Bréfritari: Þórunn Pálsdóttir
Viðtakandi: Páll Pálsson
Dagsetning: A-1821-01-03
Skrifað á: Hallfreðarstöðum  N-Múl.
Páll var bróðir Þórunnar

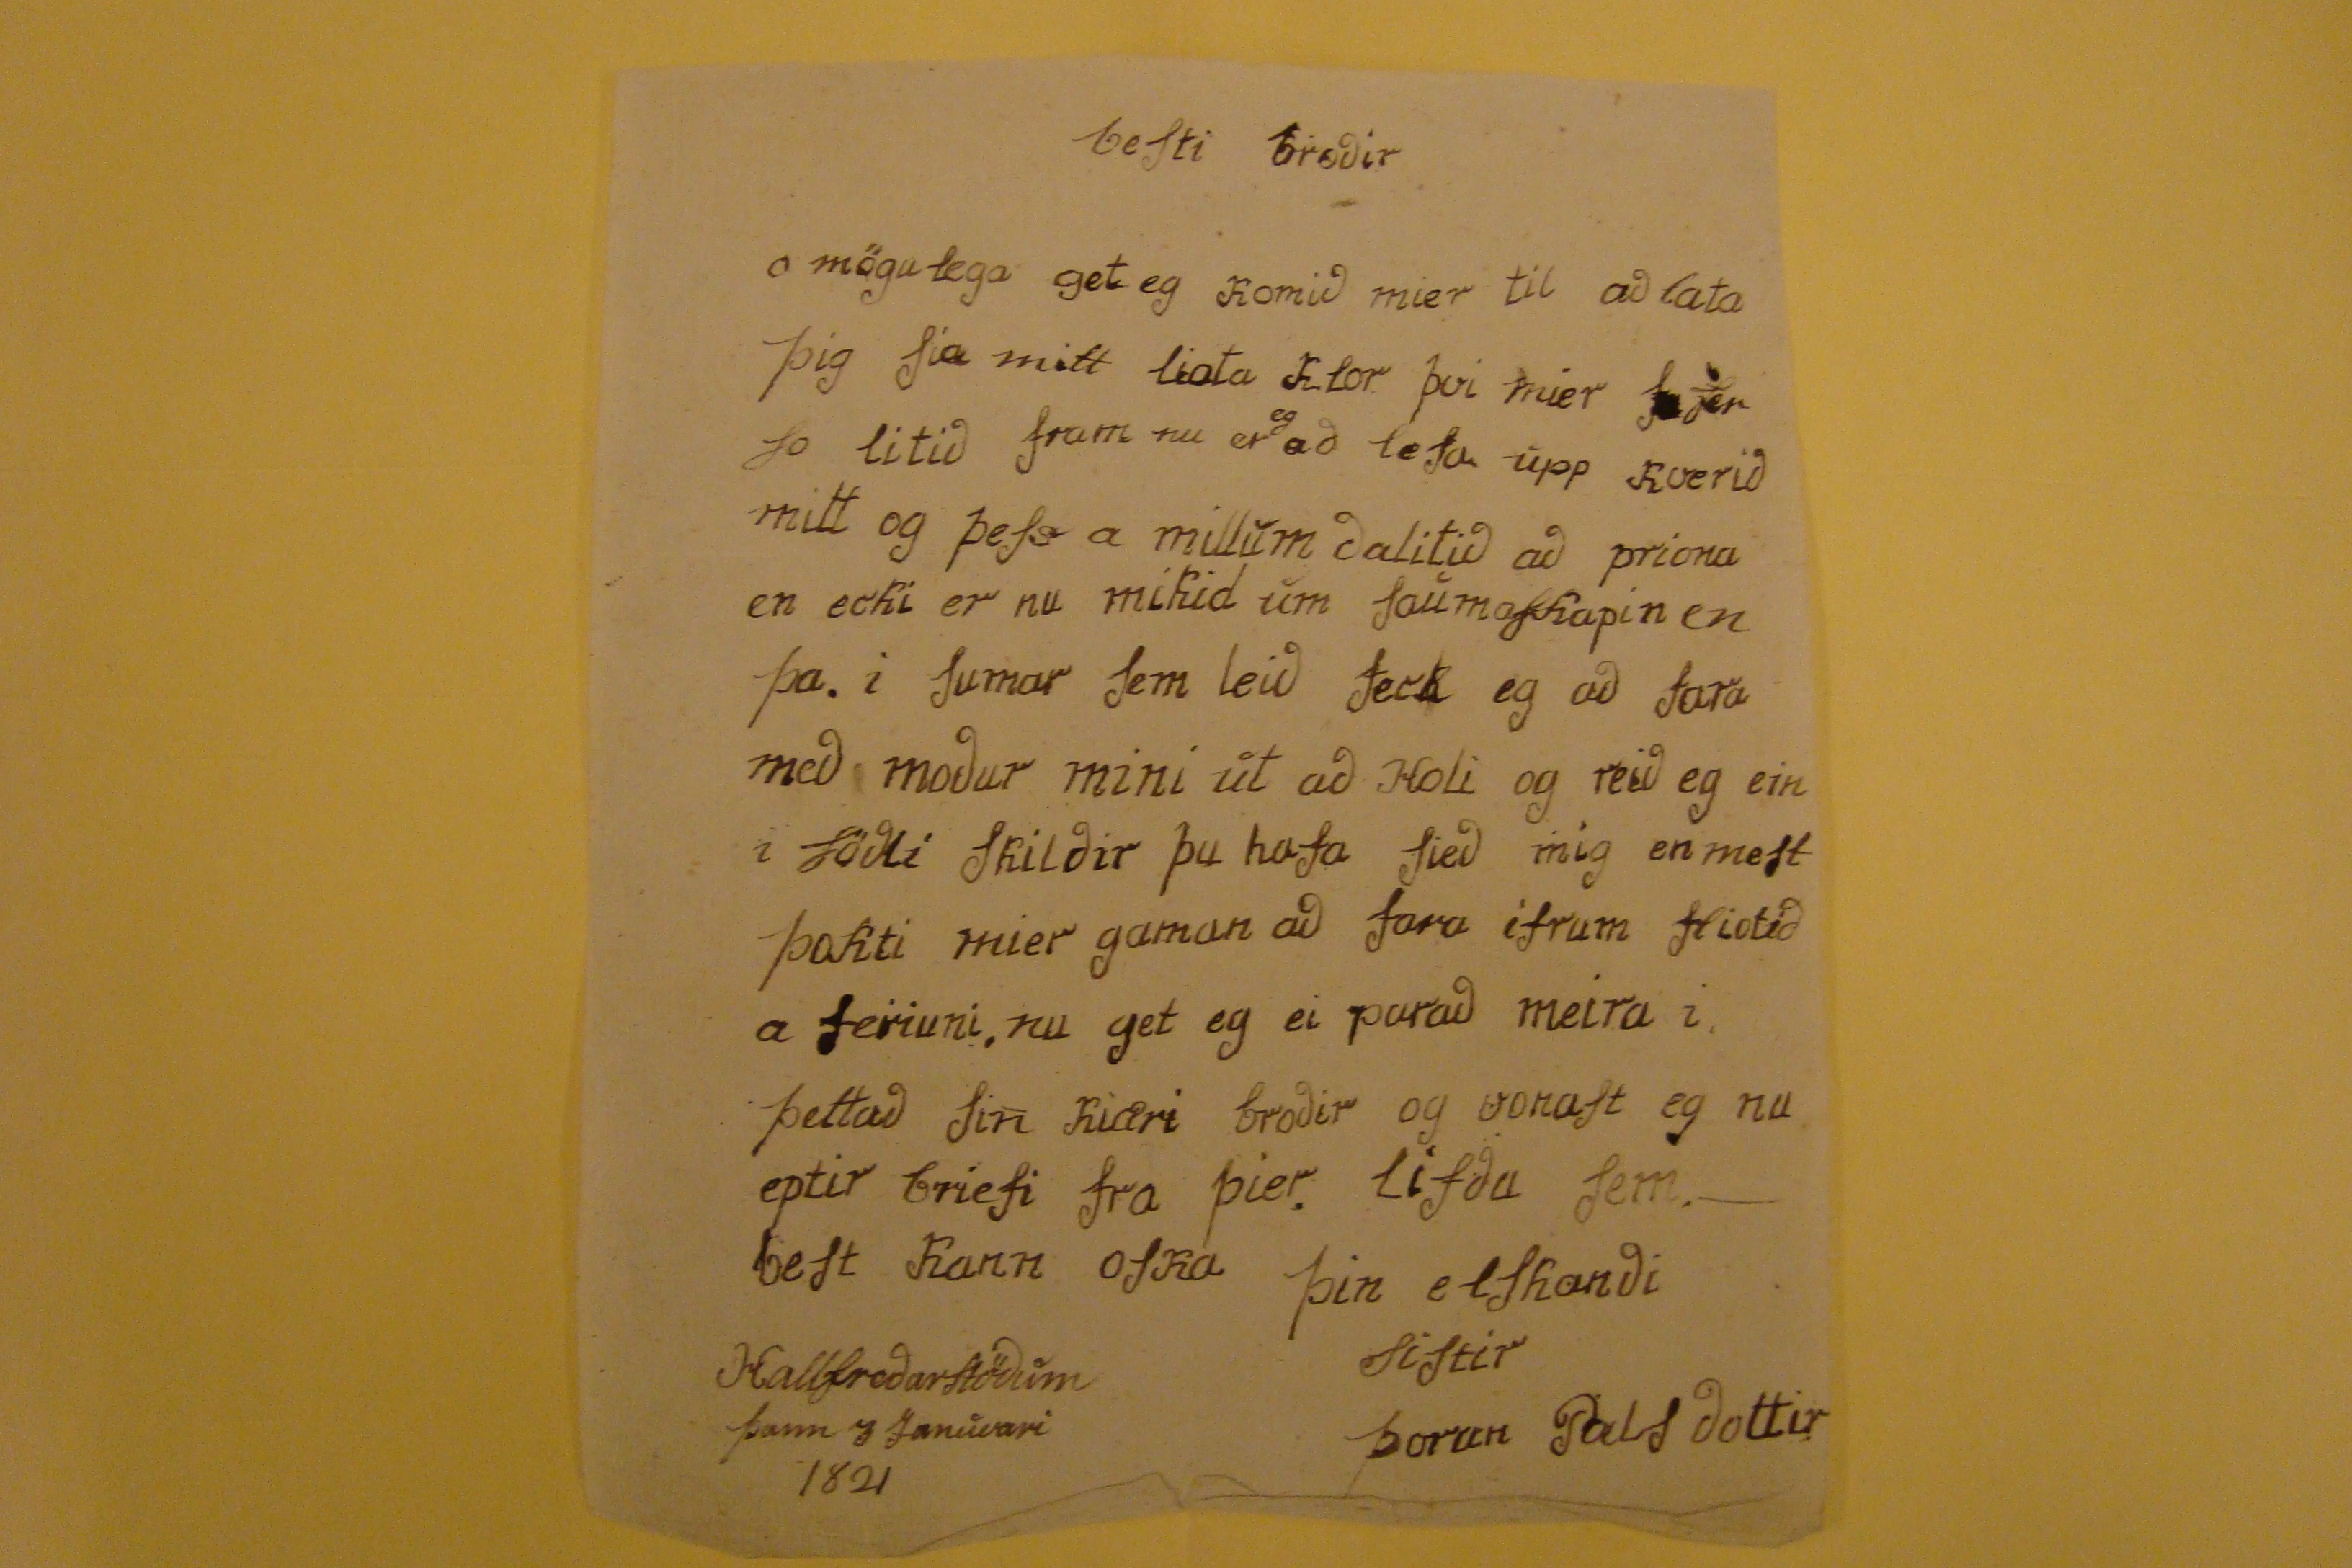

besti brodir
o mögulega get eg komid mier til ad lata þig sia mitt liota klor. þvi mier
fe
fer so litið fram nu
er
eg ad lesa upp kverid mitt og þess a millum dalitid ad priona en ecki er nu mikid um saumaskapin en þa. i sumar sem leid feck eg ad fara med modur mini ut ad Holi og reid eg ein i södli skildir þu hafa sied mig en mest þokti mier gaman ad fara ifrum fliotid a feriuni, nu get eg ei parad meira i þettad sin kiæri brodir og vonast eg nu eptir briefi fra þier. Lifdu sem. - best kann oska
þin elskandi sistir
Þorun Palsdottir
Hallfredarstöðum þann 3 Januvari 1821